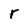
Character: r